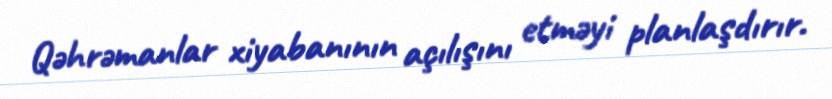
Qəhrəmanlar xiyabanının açılışını etməyi planlaşdırır.